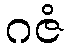
ဂဇံ